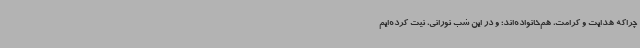
چراکه هدایت و کرامت، هم‌خانواده‌اند؛ و در این شب نورانی، نیت کرده‌ایم